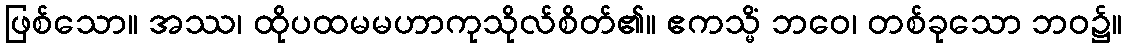
ဖြစ်သော။ အဿ၊ ထိုပထမမဟာကုသိုလ်စိတ်၏။ ဧကသ္မိံ ဘဝေ၊ တစ်ခုသော ဘဝ၌။